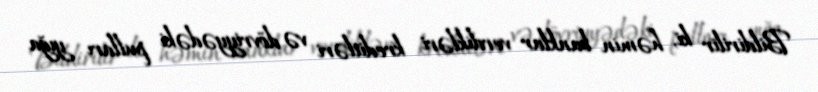
Bildirilir ki, həmin banklar verdikləri kreditləri və dövriyyədəki pulları yığa